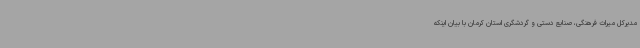
مدیرکل میراث فرهنگی، صنایع دستی و گردشگری استان کرمان با بیان اینکه